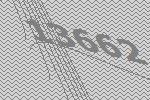
13662